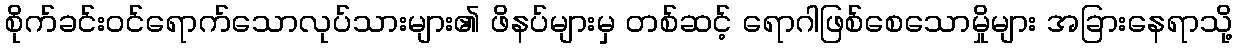
စိုက်ခင်းဝင်ရောက်သောလုပ်သားများ၏ ဖိနပ်များမှ တစ်ဆင့် ရောဂါဖြစ်စေသောမှိုများ အခြားနေရာသို့